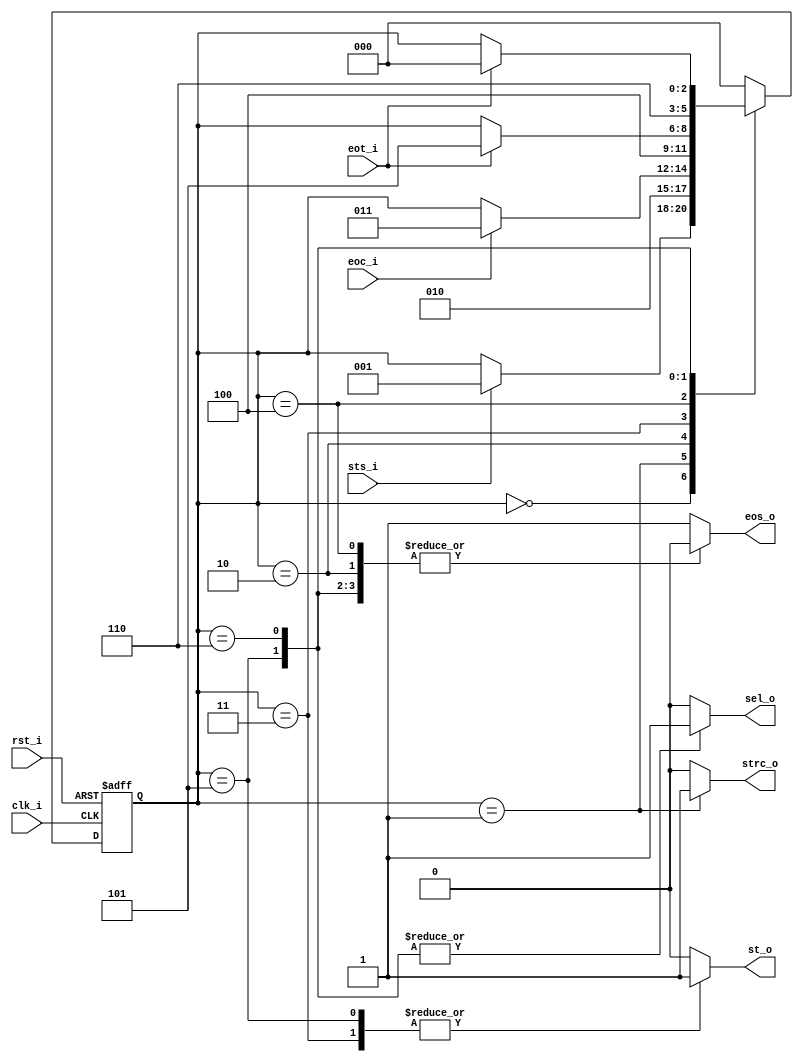
// Name: fsm_spir.v
//
// Description: Maquina de estados utilizada para guardar los datos recibidos del ADC (conversion).

module fsm_adc_tx (
  input       rst_i,
  input       clk_i,
  input       sts_i,
  input       eoc_i,
  input       eot_i,
  output reg  sel_o,
  output reg  strc_o,
  output reg  st_o,
  output reg  eos_o
);

  localparam [2:0] s0 = 3'b000, // Wait strr_i, Reset counter_r, Reset sipo_reg
                   s1 = 3'b001, // 
                   s2 = 3'b010, //
                   s3 = 3'b011, //
                   s4 = 3'b100, //
                   s5 = 3'b101, //
                   s6 = 3'b110; //

  reg [2:0] next_state, present_state;

  always @(sts_i, eoc_i, eot_i, present_state) begin
    sel_o = 1'b0; strc_o = 1'b0; st_o = 1'b0; eos_o = 1'b1;
    next_state = present_state;
    case (present_state)
      s0 : begin
             sel_o = 1'b0; strc_o = 1'b0; st_o = 1'b0; eos_o = 1'b1;
             if (sts_i)
               next_state = s1;
           end

      s1 : begin
             sel_o = 1'b0; strc_o = 1'b1; st_o = 1'b0; eos_o = 1'b0;
             next_state = s2;
           end

      s2 : begin
             sel_o = 1'b0; strc_o = 1'b0; st_o = 1'b0; eos_o = 1'b0;
             if (eoc_i)
               next_state = s3;
           end

      s3 : begin
             sel_o = 1'b0; strc_o = 1'b0; st_o = 1'b1; eos_o = 1'b0;
             next_state = s4;
           end

      s4 : begin
             sel_o = 1'b0; strc_o = 1'b0; st_o = 1'b0; eos_o = 1'b0;
             if (eot_i)
               next_state = s5;
           end

      s5 : begin
             sel_o = 1'b1; strc_o = 1'b0; st_o = 1'b1; eos_o = 1'b0;
             next_state = s6;
           end

      s6 : begin
             sel_o = 1'b1; strc_o = 1'b0; st_o = 1'b0; eos_o = 1'b0;
             if (eot_i)
               next_state = s0;
           end

      default : begin
                  next_state = s0;
                end
    endcase
  end

  always @(posedge clk_i, posedge rst_i) begin
    if (rst_i)
      present_state <= s0;
    else
      present_state <= next_state;
  end

endmodule